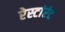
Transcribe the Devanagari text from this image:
रेस्टांरंट